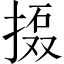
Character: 𱠗